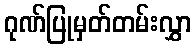
ဂုဏ်ပြုမှတ်တမ်းလွှာ